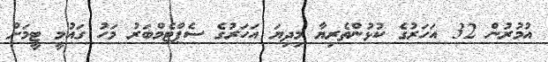
އުމުރުން 32 އަހަރުގެ ކުޅުންތެރިޔާ މިދިޔަ އަހަރުގެ ސެޕްޓެމްބަރު މަހު ގައުމީ ޓީމަށް